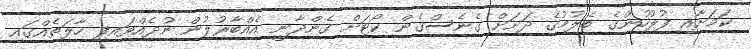
ކަމަށާއި ފުލުހުންގެ ބެލުމުގެ ދަށަށް ގެނެސްގެން ކޯޓަށް ގެންދާނީ އެއްބާރުލުން ނުދެއްވައިފި ހާލަތެއްގައި